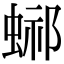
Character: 𧌴